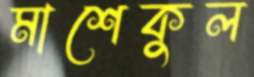
মাশেকুল